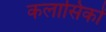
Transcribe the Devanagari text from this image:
कलासिकों